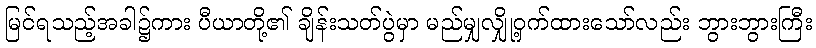
မြင်ရသည့်အခါ၌ကား ပီယာတို့၏ ချိန်းသတ်ပွဲမှာ မည်မျှလျှို့ဝှက်ထားသော်လည်း ဘွားဘွားကြီး